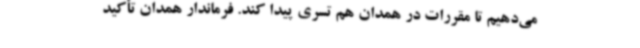
می‌دهیم تا مقررات در همدان هم تسری پیدا کند. فرماندار همدان تأکید